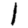
Digit: 1